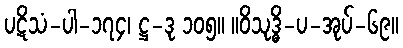
ပဋိသံ-ပါ-၁၇၄၊ ဋ္ဌ-ဒု ၁၀၅။ ။ဝိသုဒ္ဓိ-ပ-အုပ်-၆၉။